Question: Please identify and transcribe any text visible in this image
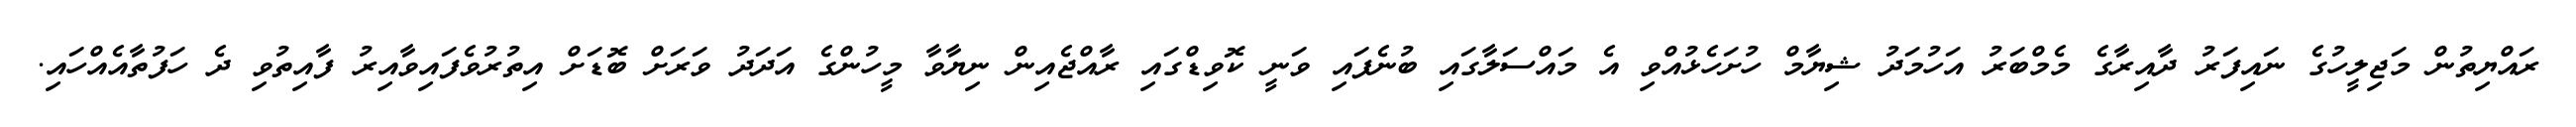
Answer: ރައްޔިތުން މަޖިލީހުގެ ނައިފަރު ދާއިރާގެ މެމްބަރު އަހުމަދު ޝިޔާމް ހުށަހެޅުއްވި އެ މައްސަލާގައި ބުނެފައި ވަނީ ކޮވިޑްގައި ރާއްޖެއިން ނިޔާވާ މީހުންގެ އަދަދު ވަރަށް ބޮޑަށް އިތުރުވެފައިވާއިރު ފާއިތުވި ދެ ހަފުތާއެއްހައި.